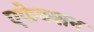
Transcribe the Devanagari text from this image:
एफेक्शन